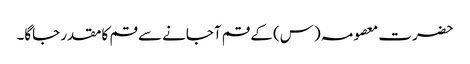
حضرت معصومہ (س) کے قم آجانے سے قم کا مقدر جاگا۔